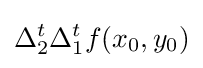
\Delta _{2}^{t}\Delta _{1}^{t}f(x_{0},y_{0})